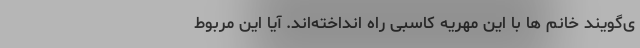
ی‌گویند خانم ها با این مهریه کاسبی راه انداخته‌اند. آیا این مربوط